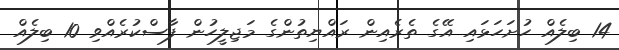
14 ބިލެއް ހުށަހަޅައި އޭގެ ތެރެއިން ރައްޔިތުންގެ މަޖިލީހުން ފާސްކުރެއްވި 10 ބިލެއް